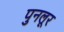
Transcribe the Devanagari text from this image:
पुनलूर